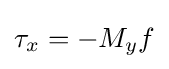
\tau _{x}=-M_{y}f